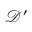
\mathbf { \mathcal { D } ^ { \prime } }